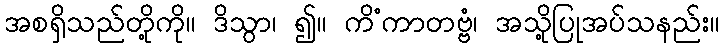
အစရှိသည်တို့ကို။ ဒိသွာ၊ ၍။ ကိံကာတဗ္ဗံ၊ အသို့ပြုအပ်သနည်း။